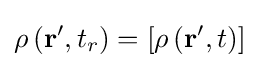
\rho \left(\mathbf {r} ',t_{r}\right)=\left[\rho \left(\mathbf {r} ',t\right)\right]